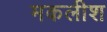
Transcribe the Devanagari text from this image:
मकलीश